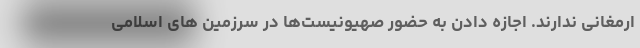
ارمغانی ندارند. اجازه دادن به حضور صهیونیست‌ها در سرزمین های اسلامی